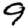
Digit: 9